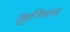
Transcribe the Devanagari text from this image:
लूइजियाना